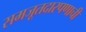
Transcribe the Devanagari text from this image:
समजूतदारपणाची